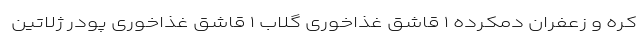
کره و زعفران دمکرده ۱ قاشق غذاخوری گلاب ۱ قاشق غذاخوری پودر ژلاتین